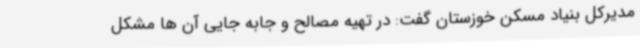
مدیرکل بنیاد مسکن خوزستان گفت: در تهیه مصالح و جابه جایی آن ها مشکل